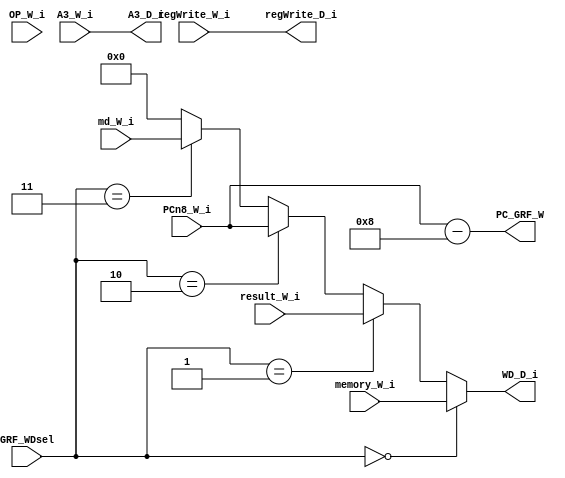
`timescale 1ns / 1ps
//////////////////////////////////////////////////////////////////////////////////
// Company: 
// Engineer: 
// 
// Design Name: 
// Module Name:    Write 
// Project Name: 
// Target Devices: 
// Tool versions: 
// Description: 
//
// Dependencies: 
//
// Revision: 
// Revision 0.01 - File Created
// Additional Comments: 
//
//////////////////////////////////////////////////////////////////////////////////
module Write(
//from W
    input [31:0] md_W_i,
    input [31:0] memory_W_i,
    input [31:0] result_W_i,
	 input [31:0] PCn8_W_i,
	 input regWrite_W_i,
	 input [4:0] A3_W_i,
	 input [31:0] OP_W_i,
//Controller
    input [1:0] GRF_WDsel,
//output
    output regWrite_D_i,
	 output [4:0] A3_D_i,
    output [31:0] WD_D_i,
	 output [31:0] PC_GRF_W
    );
assign regWrite_D_i=regWrite_W_i;
assign A3_D_i=A3_W_i;
assign WD_D_i=(GRF_WDsel==2'b00)?memory_W_i:
              (GRF_WDsel==2'b01)?result_W_i:
				  (GRF_WDsel==2'b10)?PCn8_W_i:
				  (GRF_WDsel==2'b11)?md_W_i:0;
              
assign PC_GRF_W=PCn8_W_i-8;
endmodule